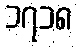
၁၇၁၈